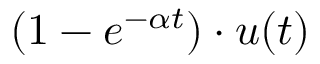
( 1 - e ^ { - \alpha t } ) \cdot u ( t )